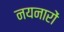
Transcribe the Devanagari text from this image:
नयनारों